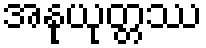
အနုယုတ္တဿ